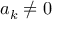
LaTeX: a _ { k } \neq 0